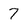
Character: 7